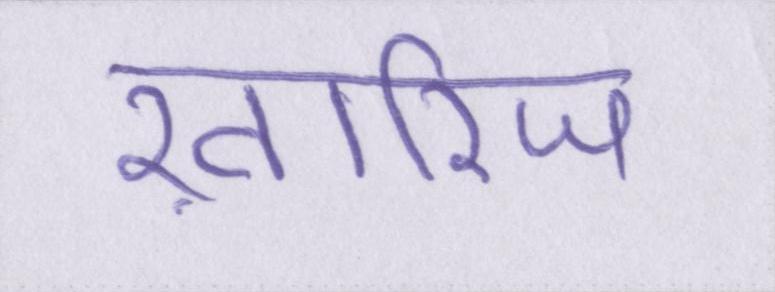
ख़ारिज